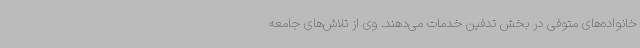
خانواده‌های متوفی در بخش تدفین خدمات می‌دهند. وی از تلاش‌های جامعه